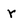
Character: r